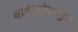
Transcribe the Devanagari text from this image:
वडिलांपासून